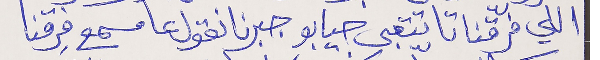
اللي فرّقنا تا يتّعبى جيابو جبرنا نقول عا مسمع فِرقنا